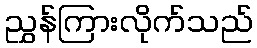
ညွှန်ကြားလိုက်သည်